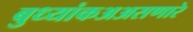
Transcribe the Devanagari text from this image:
बुध्यांकअअसणारे